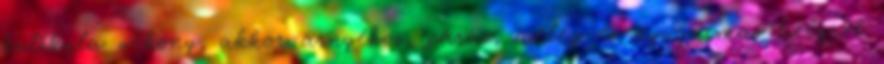
kutikula vékony, akkor árnyékos, párás, meleg és nyugalmas helyről